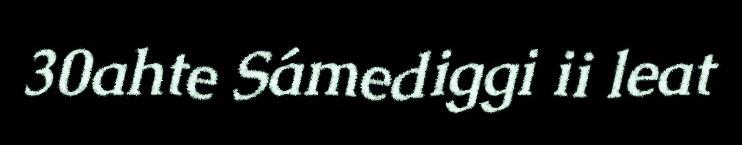
30ahte Sámediggi ii leat